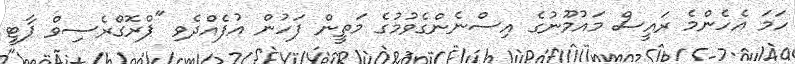
ހަމަ އެހެންމެ ރައީސް މައުމޫނުގެ އިސްނެންގެވުމުގެ މަތީން ފަހުން އުފެއްދެވި "ޕްރޮގްރެސިވް ޕާޓީ